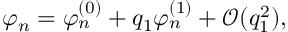
\varphi _ { n } = \varphi _ { n } ^ { ( 0 ) } + q _ { 1 } \varphi _ { n } ^ { ( 1 ) } + \mathcal { O } ( q _ { 1 } ^ { 2 } ) , ~ ~ ~ ~ ~ ~ ~ ~ ~ ~ ~ ~ ~